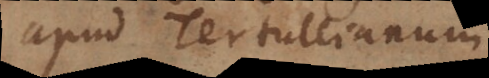
apud Tertullianum